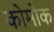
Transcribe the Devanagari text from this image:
कोमोक